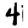
Digit: 4